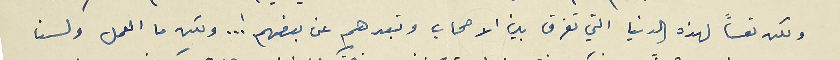
ولكن تعساً لهذه الدنيا التي تفرق بين الاصحاب وتبعدهم عن بعضهم !... ولكن ما العمل ولسنا